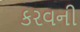
કરવની